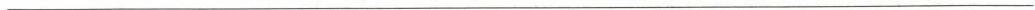
___